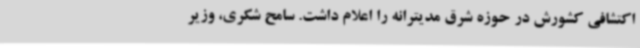
اکتشافی کشورش در حوزه شرق مدیترانه را اعلام داشت. سامح شکری، وزیر